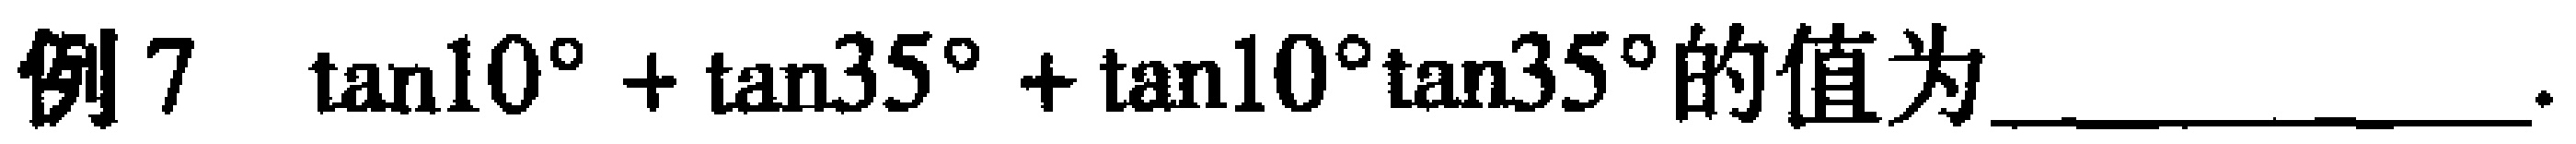
例7 $\tan10^{\circ}+\tan35^{\circ}+\tan10^{\circ}\tan35^{\circ}$的值为__________.